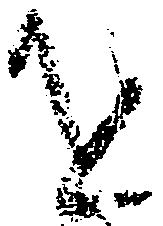
を